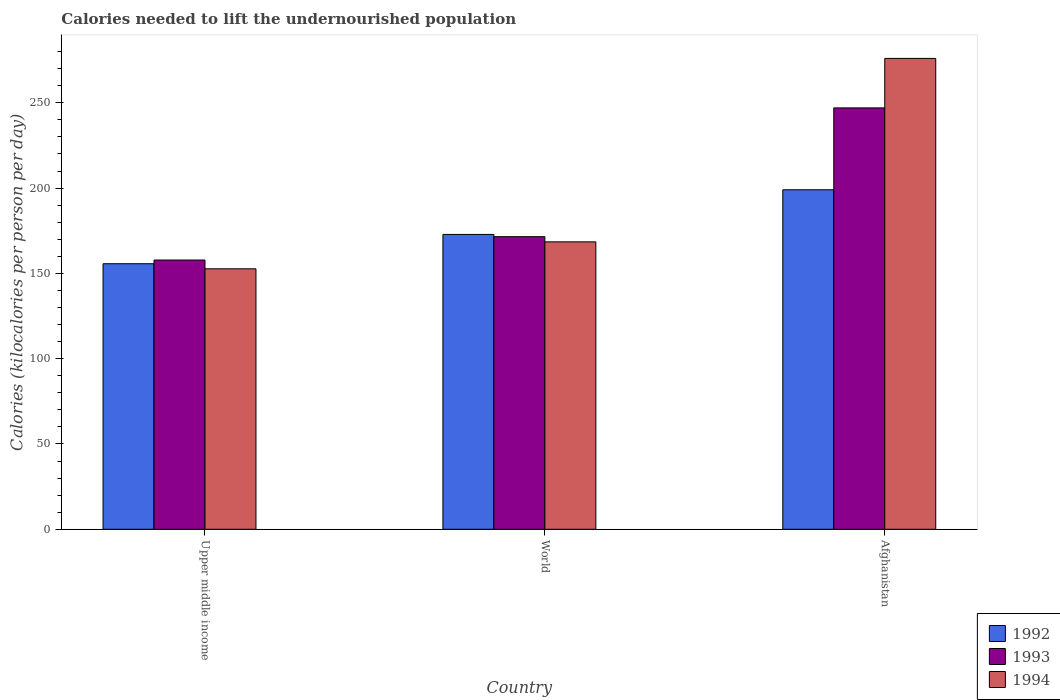
| Country | 1992 | 1993 | 1994 |
 | --- | --- | --- | --- |
 | Upper middle income | 156 | 158 | 153 |
 | World | 173 | 172 | 168 |
 | Afghanistan | 199 | 247 | 276 |